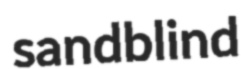
sandblind